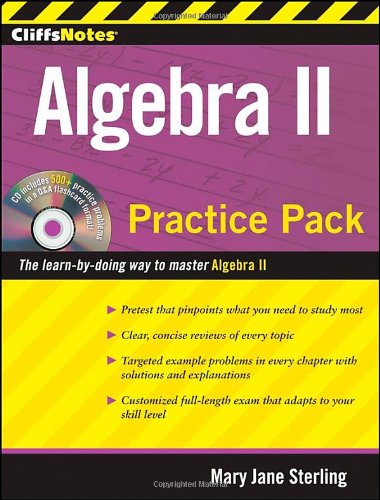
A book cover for CliffsNotes Algebra II Practice Pack (Cliffnotes); Mary Jane Sterling; Science & Math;